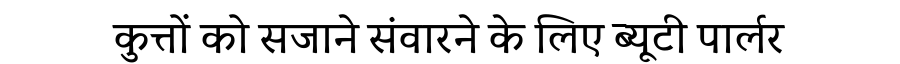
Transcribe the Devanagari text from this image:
कुत्तों को सजाने संवारने के लिए ब्यूटी पार्लर